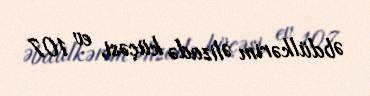
Əbdülkərim Əlizadə küçəsi, ev 107